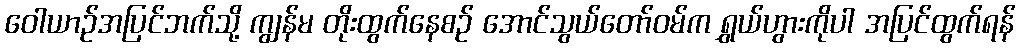
ဝေါယာဉ်အပြင်ဘက်သို့ ကျွန်မ တိုးထွက်နေစဉ် အောင်သွယ်တော်ဝမ်က ရွှယ်ဟွားကိုပါ အပြင်ထွက်ရန်